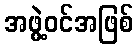
အဖွဲ့ဝင်အဖြစ်